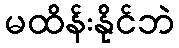
မထိန်းနိုင်ဘဲ